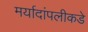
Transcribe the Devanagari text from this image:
मर्यादांपलीकडे